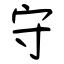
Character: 守